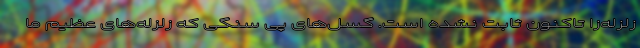
زلزله‌زا تاکنون ثابت نشده است. گسل‌های پی سنگی که زلزله‌های عظیم ما